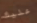
عليك